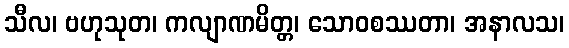
သီလ၊ ဗဟုသုတ၊ ကလျာဏမိတ္တ၊ သောဝစဿတာ၊ အနာလသ၊